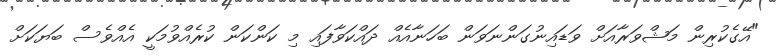
"އޭގެކުރިން މަޝްވަރާއަށް ވަޑައިނުގަންނަވަން ބަހަނާއެއް ދައްކަވާފައި މި ކަންކަން ކުރެއްވުމަކީ އެއްވެސް ބަޔަކަށް